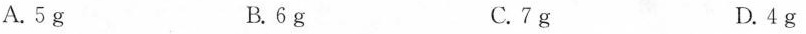
A. 5 g B. 6 g C. 7 g D. 4 g